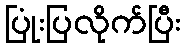
ပြုံးပြလိုက်ပြီး